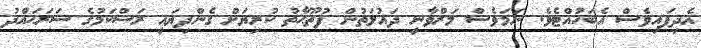
އެދިފައިވެސް އެބަހުއްޓެވެ. ނަމަވެސް މަރްވާނީ ދައުލަތުން ފުތޫޙާތު ކުރިޔަށް ގެންދިޔައީ ރަސްކަމުގެ ސަރަޙައްދު